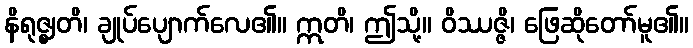
နိရုဇ္ဈတိ၊ ချုပ်ပျောက်လေ၏။ ဣတိ၊ ဤသို့။ ဝိဿဇ္ဇိ၊ ဖြေဆိုတော်မူ၏။